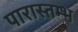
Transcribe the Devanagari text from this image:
पारास्तम्भ